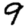
Digit: 9